Annual report on the Civil Veterinary Department, Burma (including the Insein Veterinary School) - 1923-1931
Year: 1923
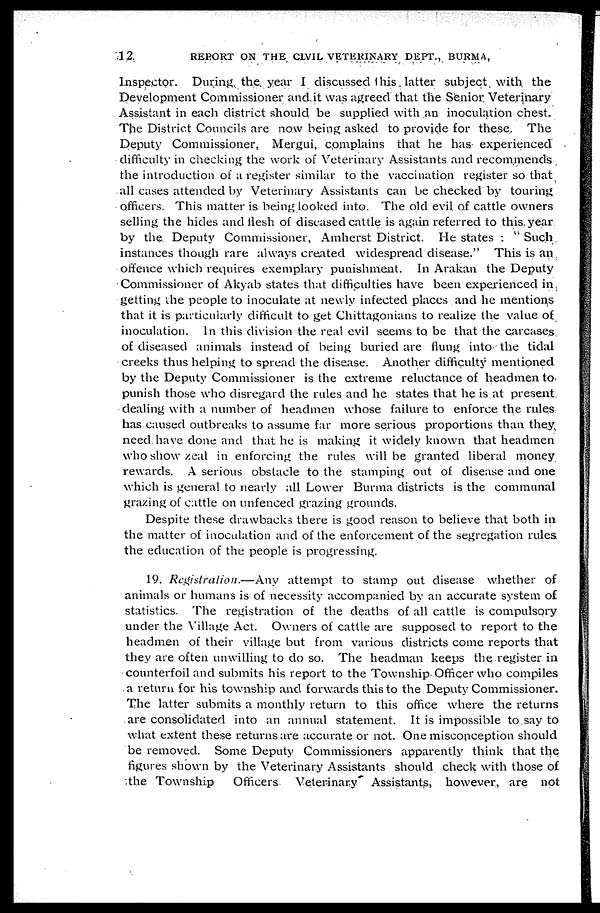
12.
REPORT ON THE CIVIL VETERINARY DEPT., BURMA,
Inspector. During the year I discussed this. latter subject with the
Development Commissioner and it was agreed that the Senior Veterinary
Assistant in each district should be supplied with an inoculation chest.
The District Councils are now being asked to provide for these. The
Deputy Commissioner, Mergui, complains that he has experienced
difficulty in checking the work of Veterinary Assistants and recommends
the introduction of a register similar to the vaccination register so that
all cases attended by Veterinary Assistants can be checked by touring
officers. This matter is being looked into. The old evil of cattle owners
selling the hides and flesh of diseased cattle is again referred to this year
by the Deputy Commissioner, Amherst District. He states : " Such
instances though rare always created widespread disease." This is an
offence which requires exemplary punishment. In Arakan the Deputy
Commissioner of Akyab states that difficulties have been experienced in
getting the people to inoculate at newly infected places and he mentions
that it is particularly difficult to get Chittagonians to realize the value of
inoculation. In this division the real evil seems to be that the carcases
of diseased animals instead of being buried are flung into the tidal
creeks thus helping to spread the disease. Another difficulty mentioned
by the Deputy Commissioner is the extreme reluctance of headmen to
punish those who disregard the rules and he states that he is at present
dealing with a number of headmen whose failure to enforce the rules
has caused outbreaks to assume far more serious proportions than they
need have done and that he is making it widely known that headmen
who show zeal in enforcing the rules will be granted liberal money
rewards. A serious obstacle to the stamping out of disease and one
which is general to nearly all Lower Burma districts is the communal
grazing of cattle on unfenced grazing grounds.
Despite these drawbacks there is good reason to believe that both in
the matter of inoculation and of the enforcement of the segregation rules
the education of the people is progressing.
19. Registration.—Any
attempt to stamp out disease whether of
animals or humans is of necessity accompanied by an accurate system of
statistics. The registration of the deaths of all cattle is compulsory
under the Village Act. Owners of cattle are supposed to report to the
headmen of their village but from various districts come reports that
they are often unwilling to do so. The headman keeps the register in
counterfoil and submits his report to the Township Officer who compiles
a return for his township and forwards this to the Deputy Commissioner.
The latter submits a monthly return to this office where the returns
are consolidated into an annual statement. It is impossible to say to
what extent these returns are accurate or not. One misconception should
be removed. Some Deputy Commissioners apparently think that the
figures shown by the Veterinary Assistants should check with those of
the Township
Officers. Veterinary Assistants, however, are not